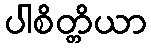
ပါစိတ္တိယာ